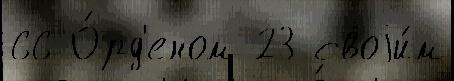
66 О́рд'еном 23 своjи́м